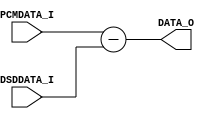
/*-----------------------------------------------------------------------------
* DSM_DELTA.v
*
* Differentiator of a Delta-Sigma Modulator
*
* Designer: AUDIY
* Version : 1.00
*
* Description
*	Input
*	PCMDATA_I: Monoaural Parallel PCM Data
*	DSDDATA_I: Monoaural Maximized DSD Data
*
*	Output
*	DATA_O: Differentiated Data (as PCM_Bit_Length+1 bit)
*
*	Parameter
*	PCM_Bit_Length: Parallel PCM Data Bit Length
-----------------------------------------------------------------------------*/

module DSM_DELTA(
	PCMDATA_I,
	DSDDATA_I,
	DATA_O
);

	/* Parameter Definition */
	parameter PCM_Bit_Length = 32;
	
	/* Input Definition */
	input  wire signed [PCM_Bit_Length-1:0] PCMDATA_I;
	input  wire signed [PCM_Bit_Length-1:0] DSDDATA_I;
	
	/* Output Definition */
	output wire signed [PCM_Bit_Length:0]   DATA_O;
	
	/* Assign */
	assign DATA_O = PCMDATA_I - DSDDATA_I;

endmodule